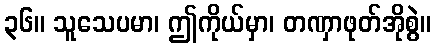
၃၆။ သူသေပမာ၊ ဤကိုယ်မှာ၊ တဏှာဖုတ်အိုစွဲ။